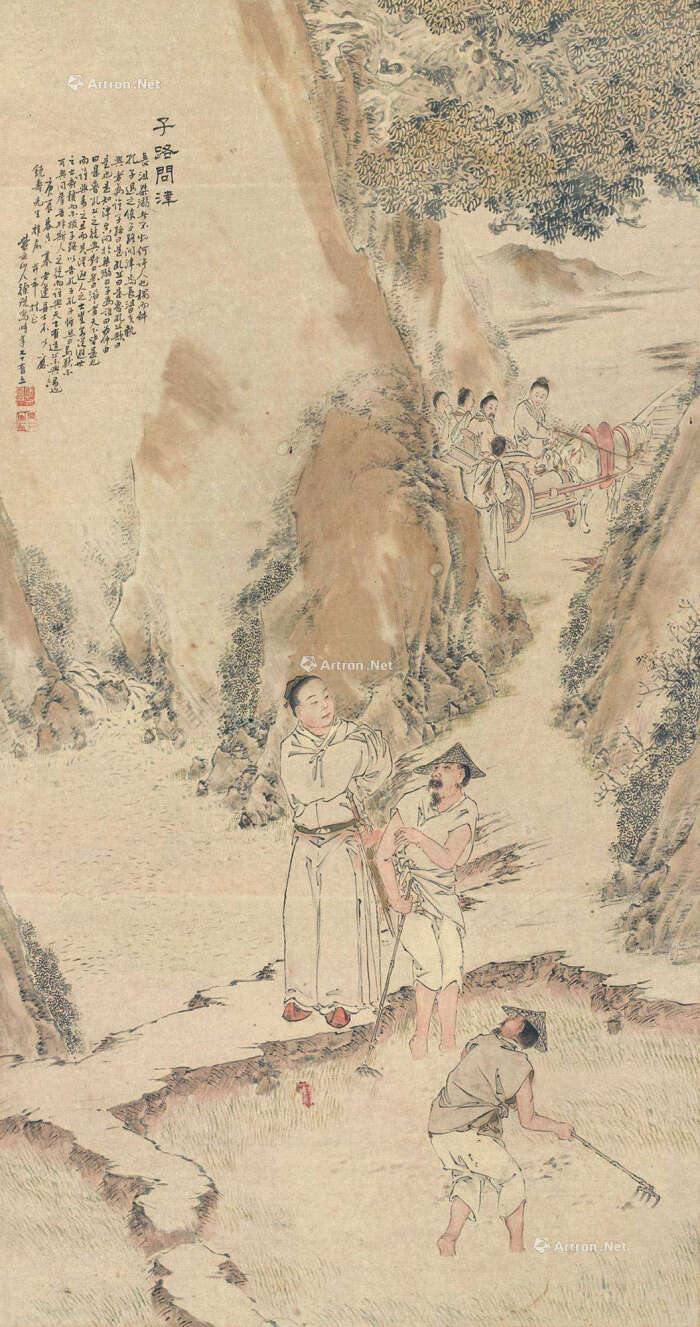
我欲乘槎，直穷银汉，问津深入。